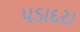
પડાદરા